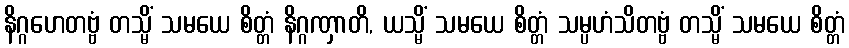
နိဂ္ဂဟေတဗ္ဗံ တသ္မိံ သမယေ စိတ္တံ နိဂ္ဂဏှာတိ, ယသ္မိံ သမယေ စိတ္တံ သမ္ပဟံသိတဗ္ဗံ တသ္မိံ သမယေ စိတ္တံ